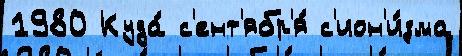
1980 Куда́ с'ент'ябр'я́ с'ион'и́зма